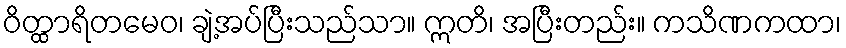
ဝိတ္ထာရိတမေဝ၊ ချဲ့အပ်ပြီးသည်သာ။ ဣတိ၊ အပြီးတည်း။ ကသိဏကထာ၊